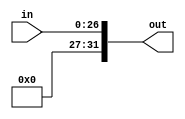
module extend_26_32(in, out);
    input [26:0] in;
    output [31:0] out;

    assign out[26:0] = in[26:0];
    assign out[31] = 0;
    assign out[30] = 0;
    assign out[29] = 0;
    assign out[28] = 0;
    assign out[27] = 0;
endmodule